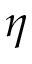
\eta